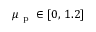
\mu _ { \mathrm { ~ p ~ } } \in [ 0 , \, 1 . 2 ]